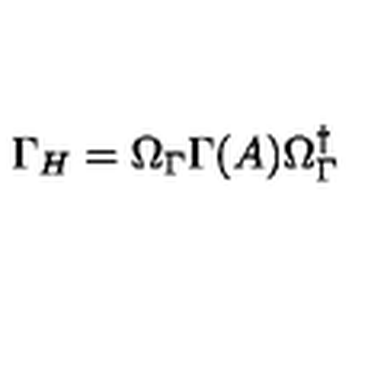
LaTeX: \Gamma _ { H } = \Omega _ { \Gamma } \Gamma ( A ) \Omega _ { \Gamma } ^ { \dagger }